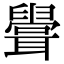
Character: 𦗶